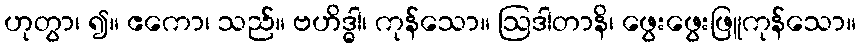
ဟုတွာ၊ ၍။ ဧကော၊ သည်။ ဗဟိဒ္ဓါ၊ ကုန်သော။ ဩဒါတာနိ၊ ဖွေးဖွေးဖြူကုန်သော။